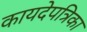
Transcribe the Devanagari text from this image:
कायदेपत्रिका